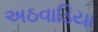
અઠવાડિયા